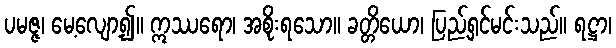
ပမဇ္ဇ၊ မေ့လျော့၍။ ဣဿရော၊ အစိုးရသော။ ခတ္တိယော၊ ပြည့်ရှင်မင်းသည်။ ရဋ္ဌာ၊